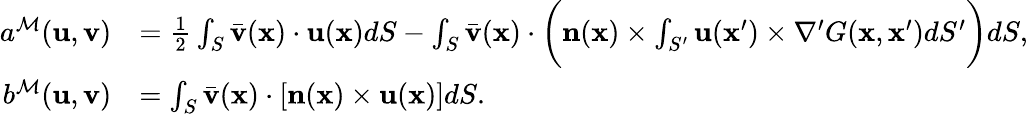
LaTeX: \begin{array}{rl}{a^{\mathcal{M}}(\mathbf{u},\mathbf{v})}&{=\frac{1}{2}\int_{S}\bar{\mathbf{v}}(\mathbf{x})\cdot\mathbf{u}(\mathbf{x})dS-\int_{S}\bar{\mathbf{v}}(\mathbf{x})\cdot\bigg(\mathbf{n}(\mathbf{x})\times\int_{S^{\prime}}\mathbf{u}(\mathbf{x}^{\prime})\times\nabla^{\prime}G(\mathbf{x},\mathbf{x}^{\prime})dS^{\prime}\bigg)dS,}\\ {b^{\mathcal{M}}(\mathbf{u},\mathbf{v})}&{=\int_{S}\bar{\mathbf{v}}(\mathbf{x})\cdot[\mathbf{n}(\mathbf{x})\times\mathbf{u}(\mathbf{x})]dS.}\end{array}